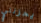
يحزنني